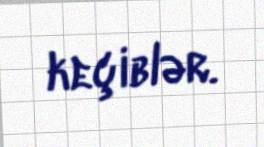
keçiblər.